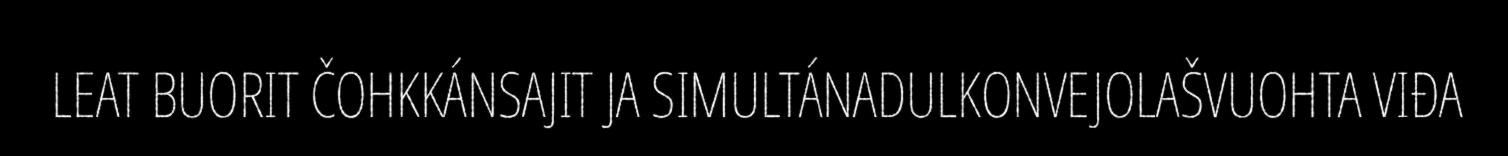
LEAT BUORIT ČOHKKÁNSAJIT JA SIMULTÁNADULKONVEJOLAŠVUOHTA VIĐA